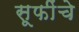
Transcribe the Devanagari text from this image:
सूफींचे